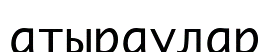
атыраулар